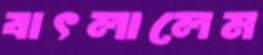
বাৎলালেম